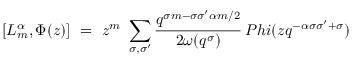
[ L _ { m } ^ { \alpha } , \Phi ( z ) ] \ = \ z ^ { m } \ \sum _ { \sigma , \sigma ^ { \prime } } \frac { q ^ { \sigma m - \sigma \sigma ^ { \prime } \alpha m / 2 } } { 2 \omega ( q ^ { \sigma } ) } \, P h i ( z q ^ { - \alpha \sigma \sigma ^ { \prime } + \sigma } )